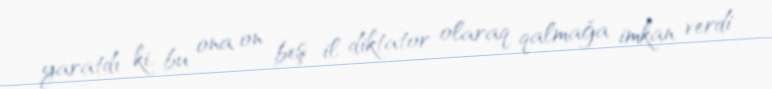
yaratdı ki, bu ona on beş il diktator olaraq qalmağa imkan verdi.